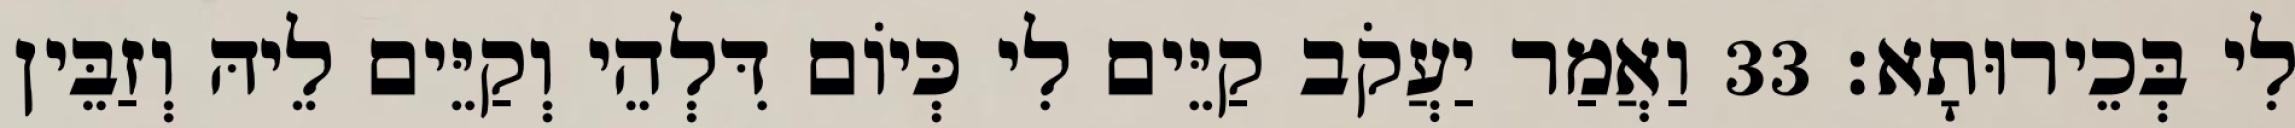
לִי בְּכֵירוּתָא׃ 33 וַאֲמַר יַעֲקֹב קַיֵּים לִי כְּיוֹם דִּלְהֵי וְקַיֵּים לֵיהּ וְזַבֵּין